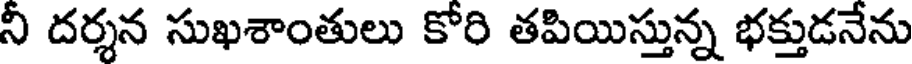
ని దర్శన సుఖశాంతులు కోరి తపియిస్తున్న భక్తుడనేను